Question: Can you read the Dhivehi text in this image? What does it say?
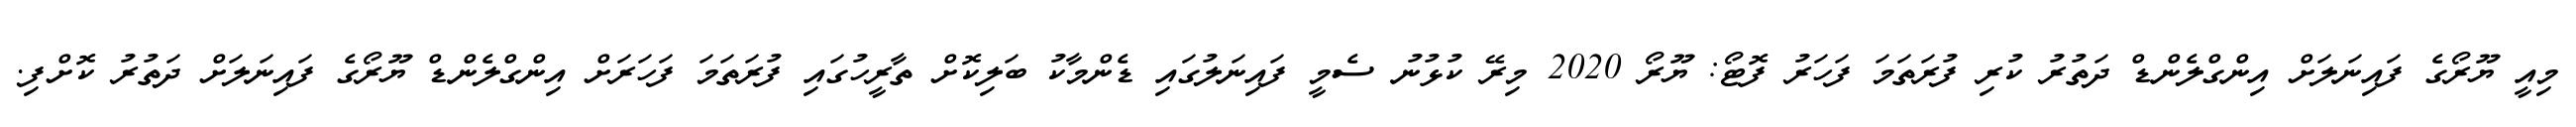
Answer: މިއީ ޔޫރޯގެ ފައިނަލަށް އިންގްލެންޑް ދަތުރު ކުރި ފުރަތަމަ ފަހަރު ފޮޓޯ: ޔޫރޯ 2020 މިރޭ ކުޅުނު ސެމީ ފައިނަލުގައި ޑެންމާކު ބަލިކޮށް ތާރީހުގައި ފުރަތަމަ ފަހަރަށް އިންގްލެންޑް ޔޫރޯގެ ފައިނަލަށް ދަތުރު ކޮށްފި.